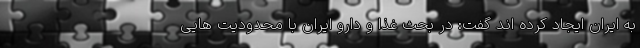
به ایران ایجاد کرده اند گفت: در بحث غذا و دارو ایران با محدودیت هایی